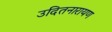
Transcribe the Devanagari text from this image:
उदितनारायण